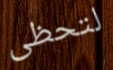
لتحظى